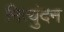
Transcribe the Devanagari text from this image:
नित्युंदन